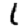
Digit: 1